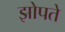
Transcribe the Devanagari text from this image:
झोपते